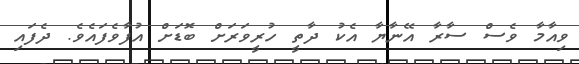
ވިއާމާ ވެސް ސާރާ އޭނާޔާ އެކު ދާތީ ހުރީވަރަށް ބޮޑަށް އުފާވެފައެވެ. ދެފައި